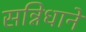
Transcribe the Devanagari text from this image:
सन्निधाने